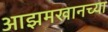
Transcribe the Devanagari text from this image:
आझमखानच्या